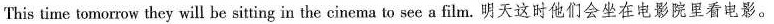
This time tomorrow they will be sitting in the cinema to see a film.明天这时他们会坐在电影院里看电影。